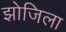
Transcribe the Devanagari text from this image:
झोजिला